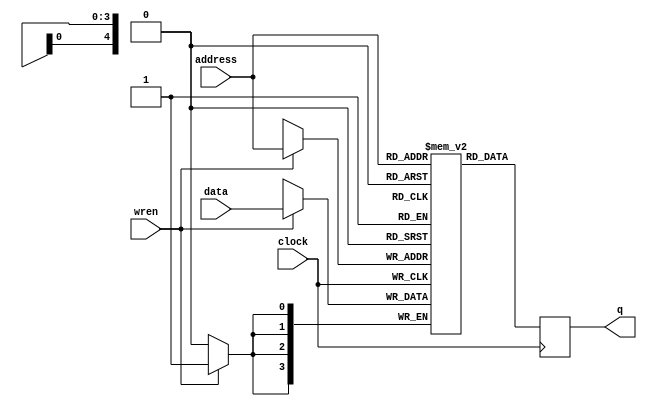
module ram_array (address, clock, data, wren, q);
	input [4:0] address;
	input clock;
	input [3:0] data;
	input wren;
	output reg [3:0] q;
	
	reg [3:0] memory_array [31:0];
	
	always @ (posedge clock) begin
		if (wren) begin
			memory_array[address] <= data;
		end
		q <= memory_array[address];
	end
endmodule